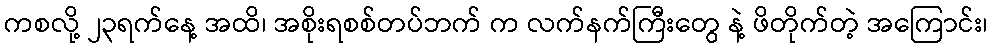
ကစလို့ ၂၃ရက်နေ့ အထိ၊ အစိုးရစစ်တပ်ဘက် က လက်နက်ကြီးတွေ နဲ့ ဖိတိုက်တဲ့ အကြောင်း၊